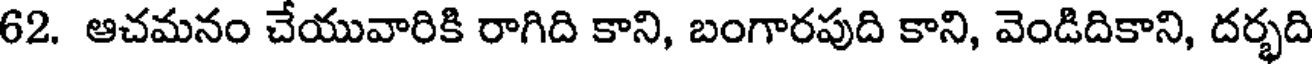
62. ఆచమనం చేయువారికి రాగిది కాని, బంగారపుది కాని, వెండిదికాని, దర్భది